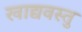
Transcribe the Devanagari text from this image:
खाद्यवस्तु